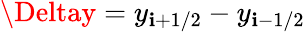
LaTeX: \Deltay=y_{\mathbf{i}+1/2}-y_{\mathbf{i}-1/2}